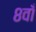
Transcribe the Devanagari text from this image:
८वाँ